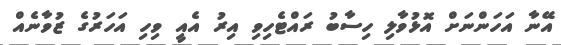
އޭނާ އަހަންނަށް އޮޅުވާލި ހިސާބު ރައްޓެހިވި އިރު އެއީ ވިހި އަހަރުގެ ޒުވާނެއް